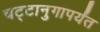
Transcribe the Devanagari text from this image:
चट्टानुगापर्यंत